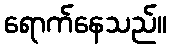
ရောက်နေသည်။